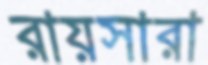
রায়সারা